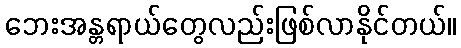
ဘေးအန္တရာယ်တွေလည်းဖြစ်လာနိုင်တယ်။